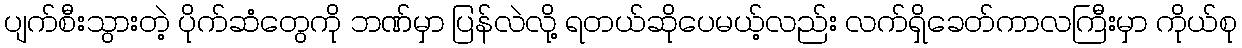
ပျက်စီးသွားတဲ့ ပိုက်ဆံတွေကို ဘဏ်မှာ ပြန်လဲလို့ ရတယ်ဆိုပေမယ့်လည်း လက်ရှိခေတ်ကာလကြီးမှာ ကိုယ်စု